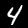
Label: 4